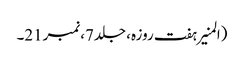
(المنیر ہفت روزہ، جلد7،نمبر21۔